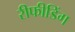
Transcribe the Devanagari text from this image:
रीफीडिंग